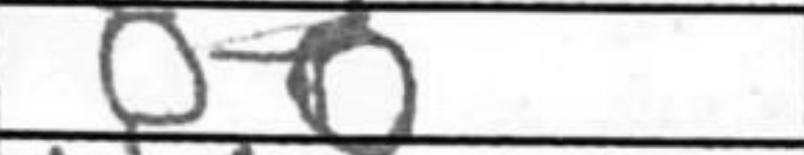
Transcription: O-O